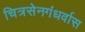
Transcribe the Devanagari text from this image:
चित्रसेनगंधर्वास